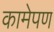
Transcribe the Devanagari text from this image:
कामेपण